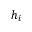
h _ { i }